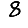
Digit: 8